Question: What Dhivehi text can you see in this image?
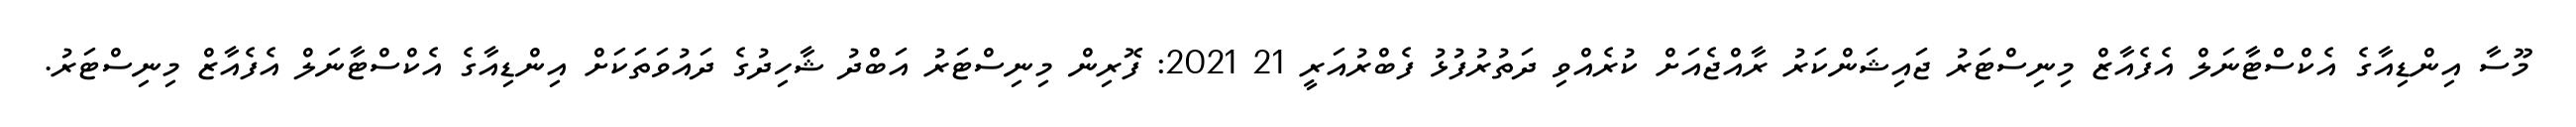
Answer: މޫސާ އިންޑިއާގެ އެކްސްޓާނަލް އެފެއާޒް މިނިސްޓަރު ޖައިޝަންކަރު ރާއްޖެއަށް ކުރެއްވި ދަތުރުފުޅު ފެބްރުއަރީ 21 2021: ފޮރިން މިނިސްޓަރު އަބްދު ޝާހިދުގެ ދައުވަތަކަށް އިންޑިއާގެ އެކްސްޓާނަލް އެފެއާޒް މިނިސްޓަރު.